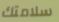
سلامتك